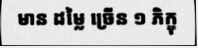
មាន ដម្លៃ ច្រើន ១ ភិក្ខុ